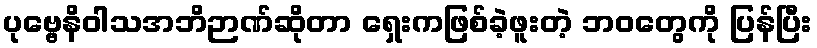
ပုဗ္ဗေနိဝါသအဘိဉာဏ်ဆိုတာ ရှေးကဖြစ်ခဲ့ဖူးတဲ့ ဘဝတွေကို ပြန်ပြီး